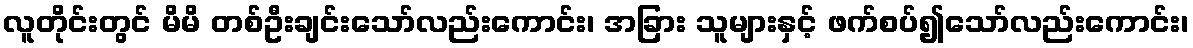
လူတိုင်းတွင် မိမိ တစ်ဦးချင်းသော်လည်းကောင်း၊ အခြား သူများနှင့် ဖက်စပ်၍သော်လည်းကောင်း၊